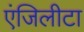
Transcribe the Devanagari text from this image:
एंजिलीटा